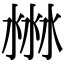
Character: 㴇